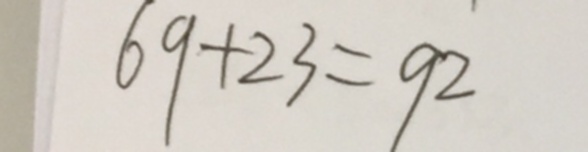
6 9 + 2 3 = 9 2